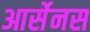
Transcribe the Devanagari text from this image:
आर्सेनस